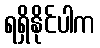
ရရှိနိုင်ပါက